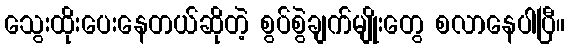
သွေးထိုးပေးနေတယ်ဆိုတဲ့ စွပ်စွဲချက်မျိုးတွေ စလာနေပါပြီ။